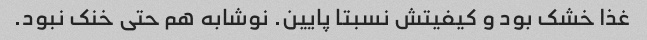
غذا خشک بود و کیفیتش نسبتا پایین. نوشابه هم حتی خنک نبود.